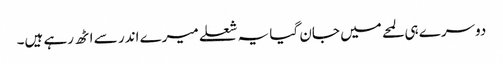
دوسرے ہی لمحے میں جان گیا یہ شعلے میرے اندر سے اٹھ رہے ہیں۔